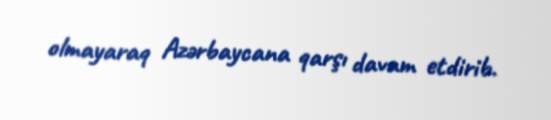
olmayaraq Azərbaycana qarşı davam etdirib.